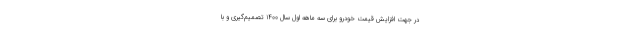
در جهت افزایش قیمت خودرو برای سه ماهه اول سال ۱۴۰۰ تصمیم‌گیری و با